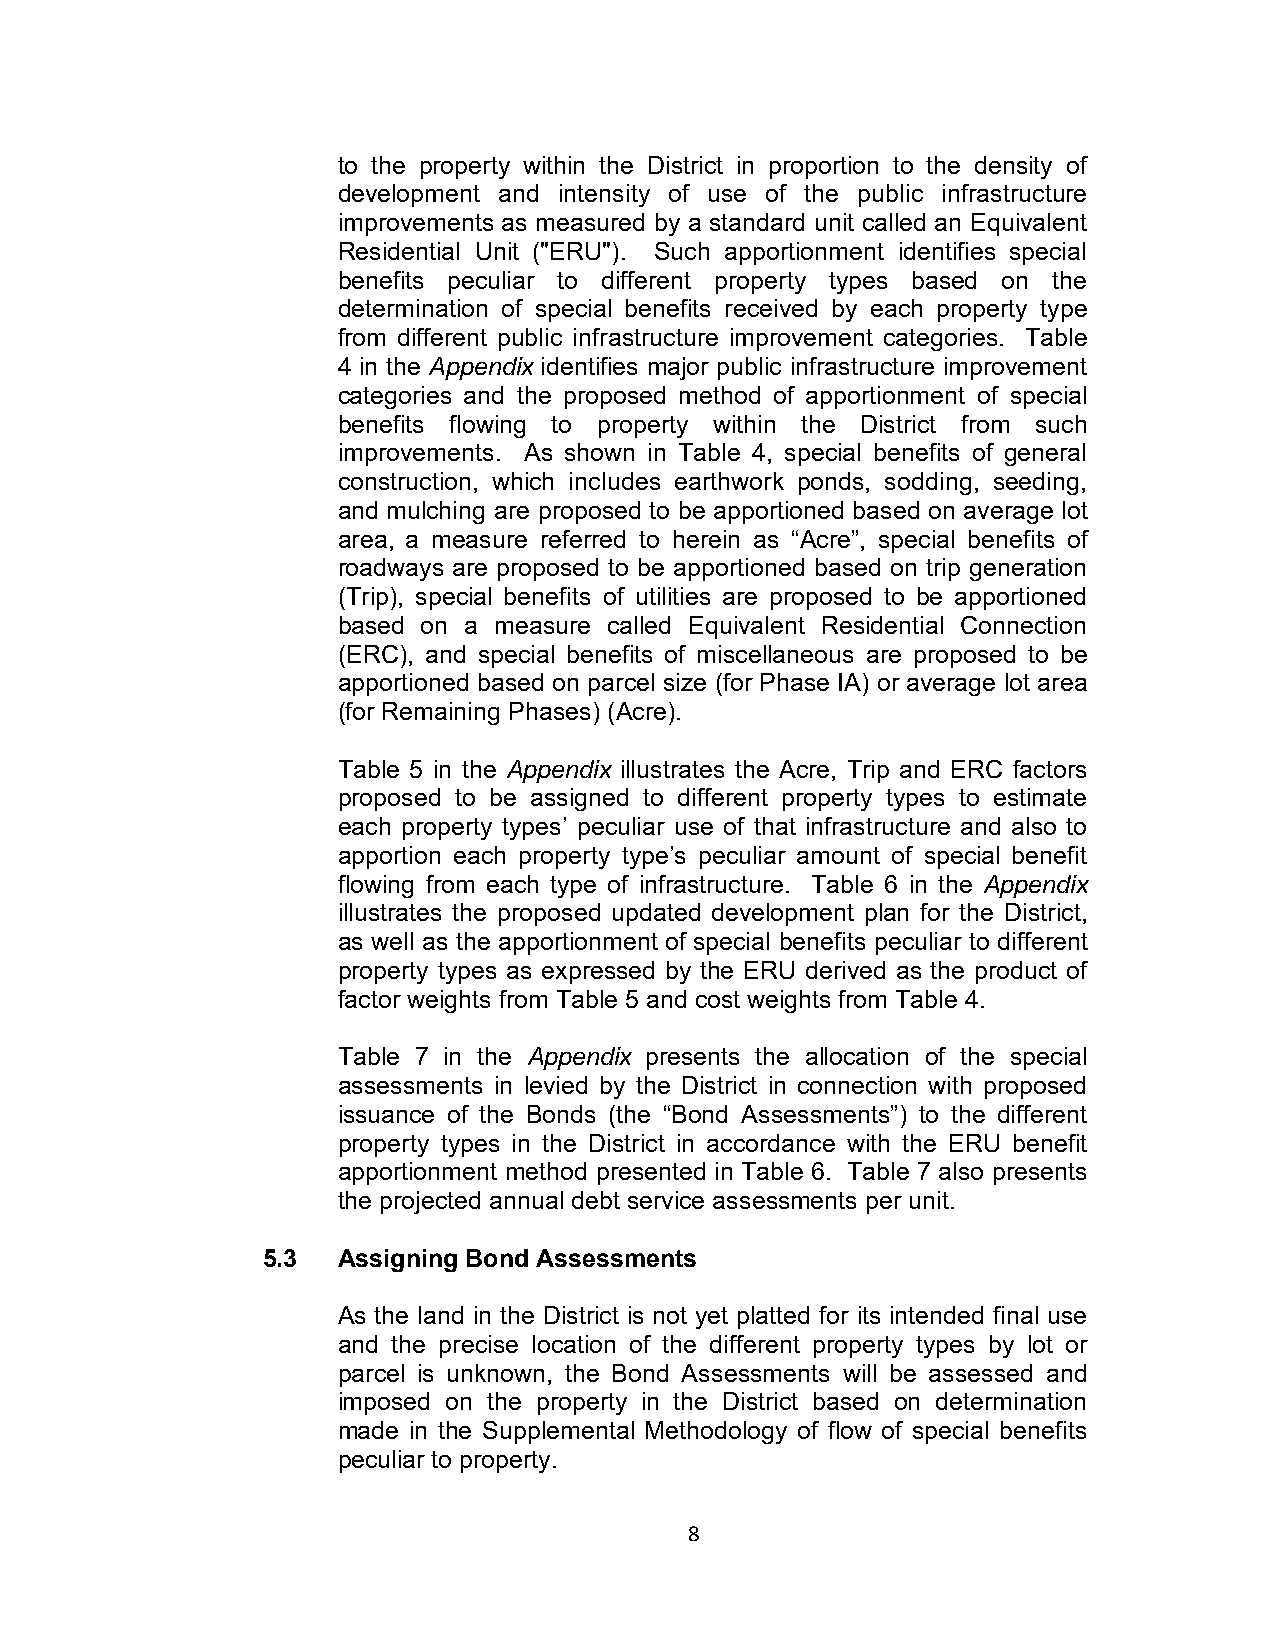
to the property within the District in proportion to the density of
 development and intensity of use of the public infrastructure
 improvements as measured by a standard unit called an Equivalent
 Residential Unit ("ERU"). Such apportionment identifies special
 benefits peculiar to different property types based on the
 determination of special benefits received by each property type
 from different public infrastructure improvement categories. Table
 4 in the Appendix identifies major public infrastructure improvement
 categories and the proposed method of apportionment of special
 benefits flowing to property within the District from such
 improvements. As shown in Table 4, special benefits of general
 construction, which includes earthwork ponds, sodding, seeding,
 and mulching are proposed to be apportioned based on average lot
 area, a measure referred to herein as “Acre”, special benefits of
 roadways are proposed to be apportioned based on trip generation
 (Trip), special benefits of utilities are proposed to be apportioned
 based on a measure called Equivalent Residential Connection
 (ERC), and special benefits of miscellaneous are proposed to be
 apportioned based on parcel size (for Phase IA) or average lot area
 (for Remaining Phases) (Acre).
 Table 5 in the Appendix illustrates the Acre, Trip and ERC factors
 proposed to be assigned to different property types to estimate
 each property types’ peculiar use of that infrastructure and also to
 apportion each property type’s peculiar amount of special benefit
 flowing from each type of infrastructure. Table 6 in the Appendix
 illustrates the proposed updated development plan for the District,
 as well as the apportionment of special benefits peculiar to different
 property types as expressed by the ERU derived as the product of
 factor weights from Table 5 and cost weights from Table 4.
 Table 7 in the Appendix presents the allocation of the special
 assessments in levied by the District in connection with proposed
 issuance of the Bonds (the “Bond Assessments”) to the different
 property types in the District in accordance with the ERU benefit
 apportionment method presented in Table 6. Table 7 also presents
 the projected annual debt service assessments per unit.
 5.3  Assigning Bond Assessments
 As the land in the District is not yet platted for its intended final use
 and the precise location of the different property types by lot or
 parcel is unknown, the Bond Assessments will be assessed and
 imposed on the property in the District based on determination
 made in the Supplemental Methodology of flow of special benefits
 peculiar to property.
 8